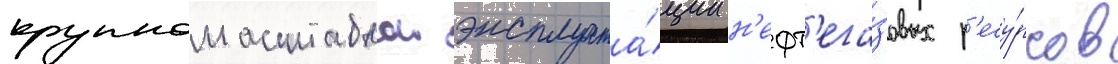
крупномасштабнои эксплуата́ции н'ефт'ега́зовых р'есу́рсов